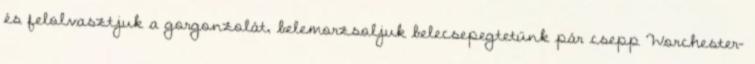
és felolvasztjuk a gorgonzolát, belemorzsoljuk belecsepegtetünk pár csepp Worchester-